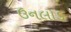
ઉનલોડ